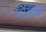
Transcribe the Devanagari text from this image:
गौदिक